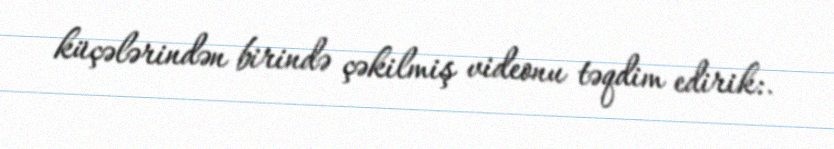
küçələrindən birində çəkilmiş videonu təqdim edirik:.